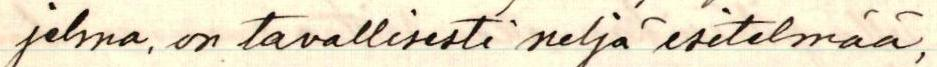
jelma, on tavallisesti neljä esitelmää,